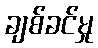
ချစ်ခင်မှု